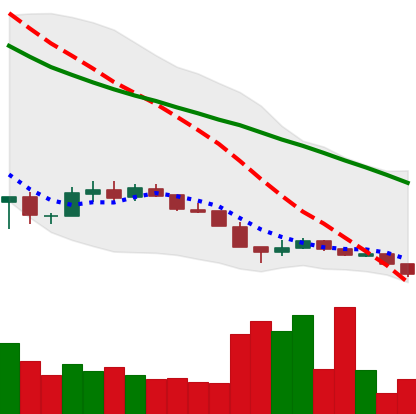
Ticker: XLM-USD
Chart end date: 2018-12-14
Forward return: 16.887%
Label: up_7plus